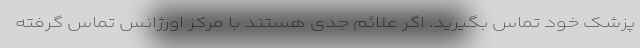
پزشک خود تماس بگیرید. اگر علائم جدی هستند با مرکز اورژانس تماس گرفته